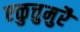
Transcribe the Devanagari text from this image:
एळुत्तुमुरै